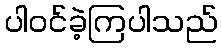
ပါဝင်ခဲ့ကြပါသည်